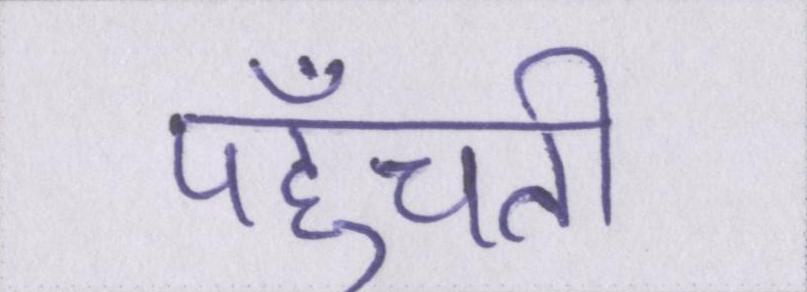
पहुँचती